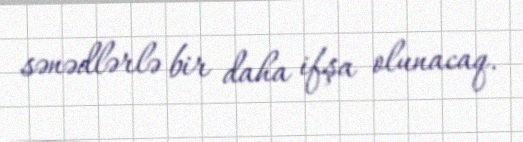
sənədlərlə bir daha ifşa olunacaq.